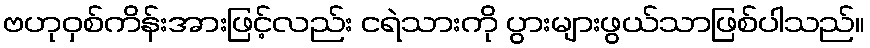
ဗဟုဝှစ်ကိန်းအားဖြင့်လည်း ငရဲသားကို ပွားများဖွယ်သာဖြစ်ပါသည်။